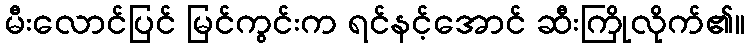
မီးလောင်ပြင် မြင်ကွင်းက ရင်နင့်အောင် ဆီးကြိုလိုက်၏။